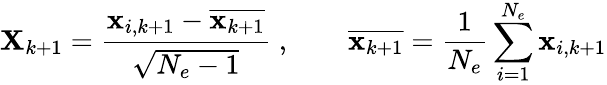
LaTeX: \mathbf{X}_{k+1}=\frac{\mathbf{x}_{i,k+1}-\overline{{\mathbf{x}_{k+1}}}}{\sqrt{N_{e}-1}}\; ,\qquad\overline{{\mathbf{x}_{k+1}}}=\frac{1}{N_{e}}\sum_{i=1}^{N_{e}}\mathbf{x}_{i,k+1}